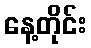
နေ့တိုင်း